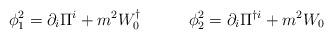
LaTeX: \begin{align*}\phi^{2}_{1}=\partial_i\Pi^i+m^2W^{\dagger}_0 \hspace{1.2cm} \phi^{2}_{2}=\partial_i\Pi^{\dagger i}+m^2W_0 \\\end{align*}